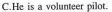
C.He is a volunteer pilot.